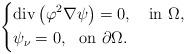
LaTeX: \begin{align*} \left\{\begin{aligned}&\mbox{div}\left(\varphi^2\nabla\psi\right)=0,\ \ \ \mbox{in}\ \Omega,\\&\psi_\nu=0,~~\mbox{on}~\partial\Omega. \end{aligned} \right.\end{align*}